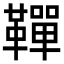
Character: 𩍍